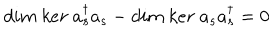
LaTeX: d i m \ k e r \ a _ { s } ^ { \dagger } a _ { s } - d i m \ k e r \ a _ { s } a _ { s } ^ { \dagger } = 0